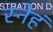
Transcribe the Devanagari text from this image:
स्नेहं